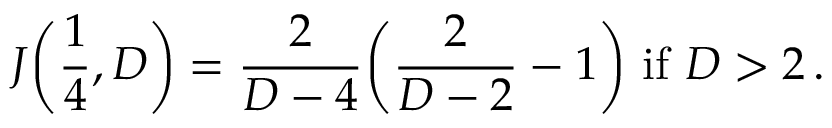
J \bigg ( \frac { 1 } { 4 } , D \bigg ) = \frac { 2 } { D - 4 } \bigg ( \frac { 2 } { D - 2 } - 1 \bigg ) \, \, \mathrm { i f } \, \, D > 2 \, .